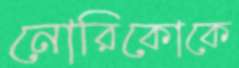
নোরিকোকে